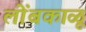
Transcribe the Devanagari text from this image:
लोंबकाळू